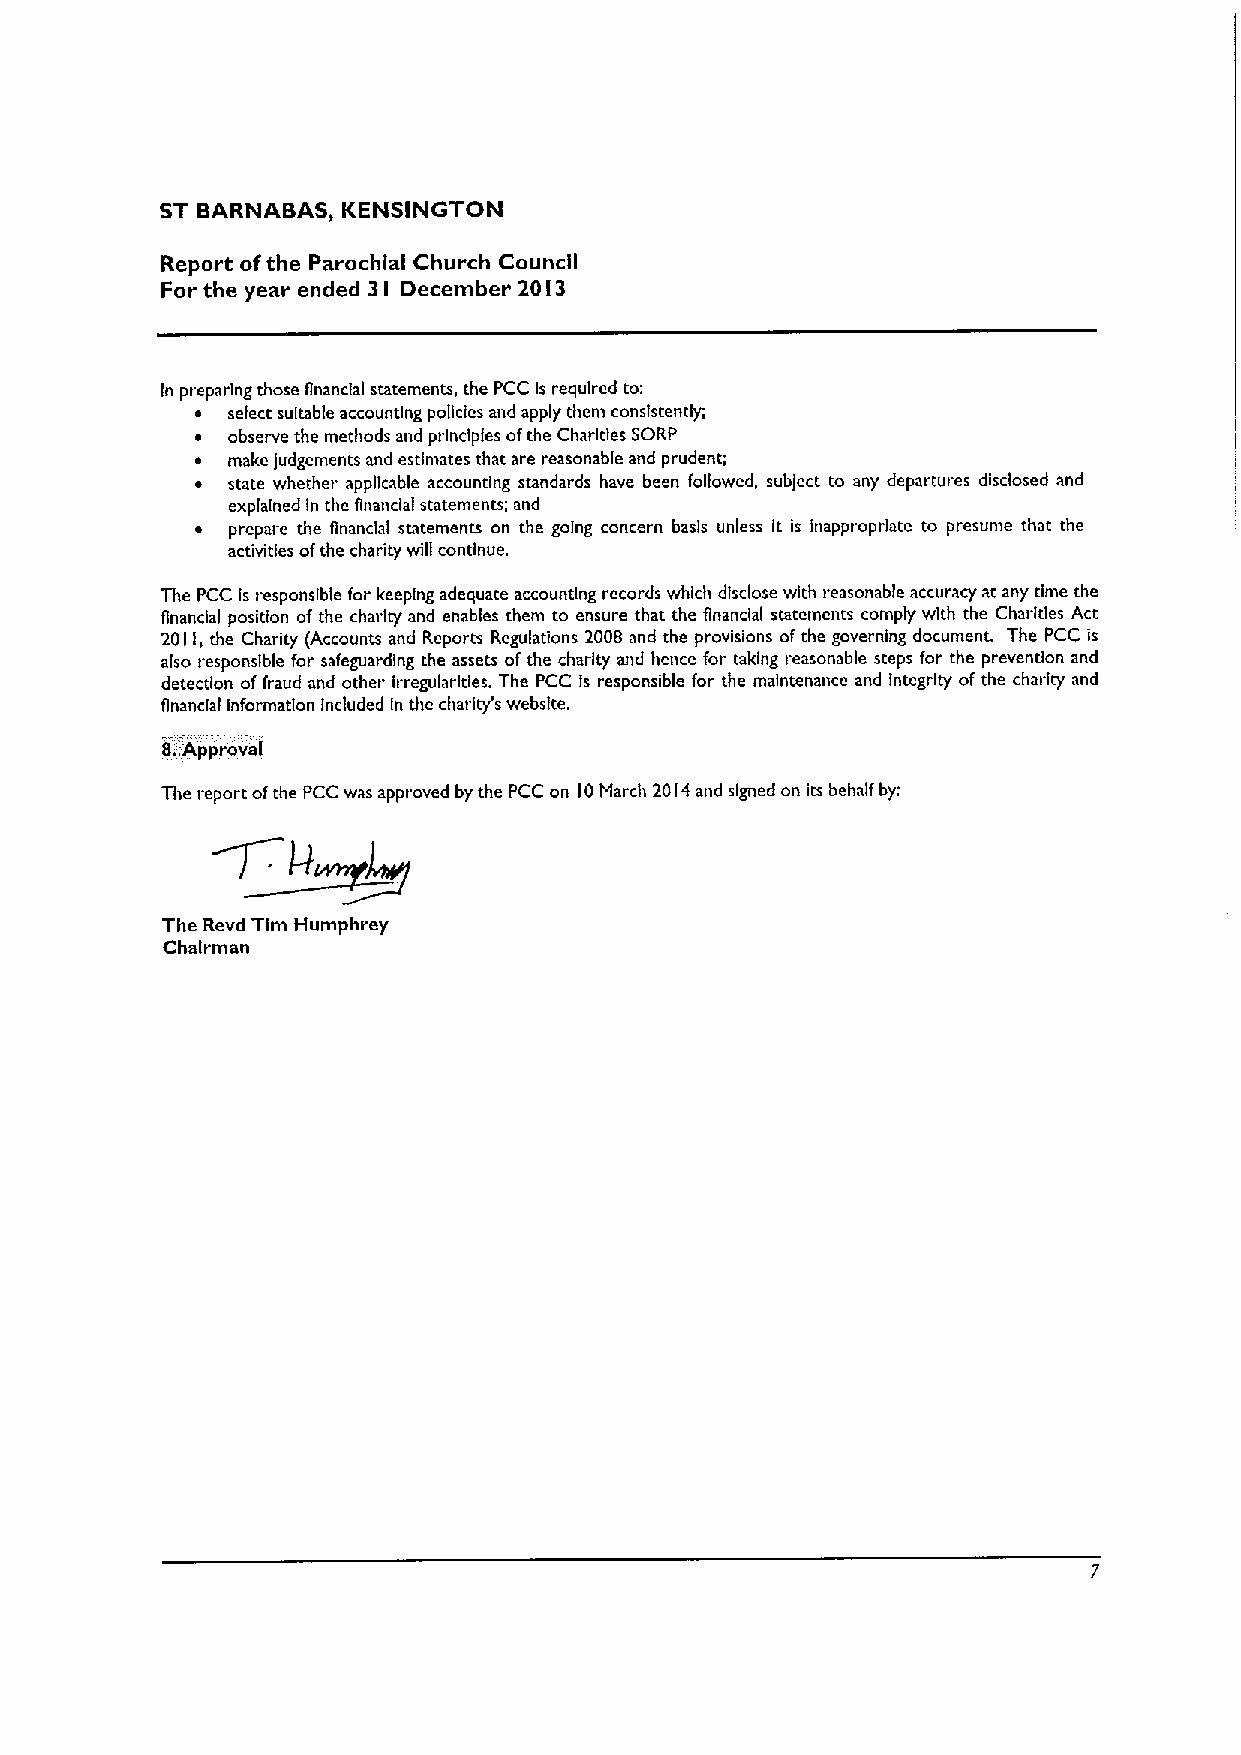
ST BARNABAS& KENSINGTON
 Report ofthe Parochial Church Council
 For the year ended 3I December 20I3
 In preparing those financial statements, the PCC Is required to:
 ~ select suitable accounting policies and apply them consistently;
 ~ observe the methods and principles ofthe Charities SORP
 ~ make judgements and estimates that are reasonable and prudent;
 ~ state whether applicable accounting standards have been followed, subject to any departures disclosed and
 explained In the Ananclal statements; and
 ~ prepare the financial statements on the going concern basis unless it is inappropriate to presume that the
 activities ofthe charity will continue.
 The PCC is responsible for keeping adequate accounting records which disclose with reasonable accuracy at any time the
 flnanclal position ofthe charity and enables them to ensure that the financial statements comply with the Charities Act
 2011,the Charity (Accounts and Reports Regulations 2008 and the provisions ofthe governing document. The PCC is
 also responsible for safeguarding the assets ofthe charity and hence for taking reasonable steps for the prevention and
 detection offraud and other irregularities. The PCC Is responsible for the maintenance and Integrity of the charity and
 financial Information Included In the charlt/s webslte,
 8.Approval
 The report ofthe PCC was approved by the PCC on IO Idarch 20I4 and signed on its behalf by:
 The Revd Tim Humphrey
 Chairman